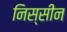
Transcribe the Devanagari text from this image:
निस्सीन